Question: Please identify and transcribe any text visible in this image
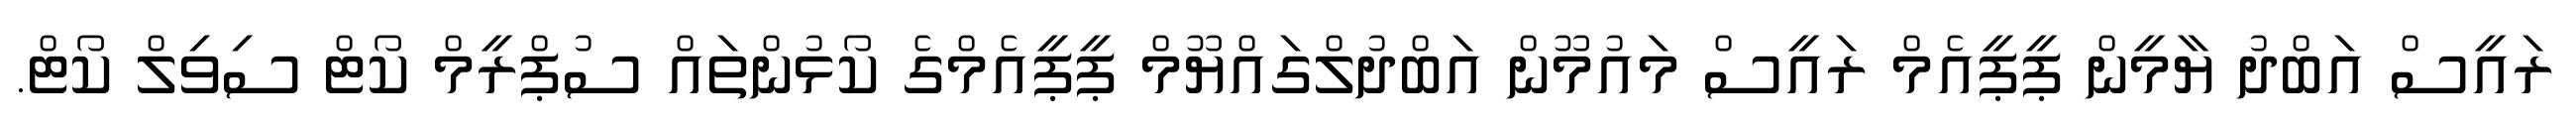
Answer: ރައީސް އަބްދު ޔާމީން ޕީޕީއެމް ރައީސް މައުމޫން އަބްދުލްގައްޔޫމް ޕީޕީއެމްގެ ކޯޅުންތައް ސުޕްރީމް ކޯޓް ސިވިލް ކޯޓް.